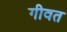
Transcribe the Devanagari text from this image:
गीवत